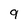
Character: 9